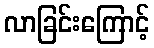
လာခြင်းကြောင့်